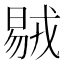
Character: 𣉝